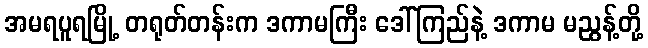
အမရပူရမြို့ တရုတ်တန်းက ဒကာမကြီး ဒေါ်ကြည်နဲ့ ဒကာမ မညွန့်တို့